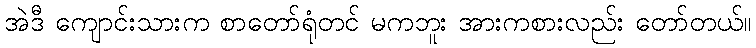
အဲဒီ ကျောင်းသားက စာတော်ရုံတင် မကဘူး အားကစားလည်း တော်တယ်။